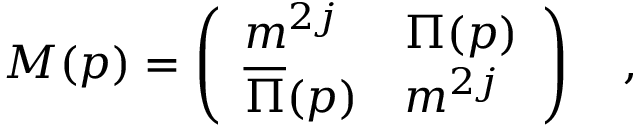
M ( p ) = \left( \begin{array} { l l } { { m ^ { 2 j } } } & { { \Pi ( p ) } } \\ { { \overline { { \Pi } } ( p ) } } & { { m ^ { 2 j } } } \end{array} \right) \quad ,